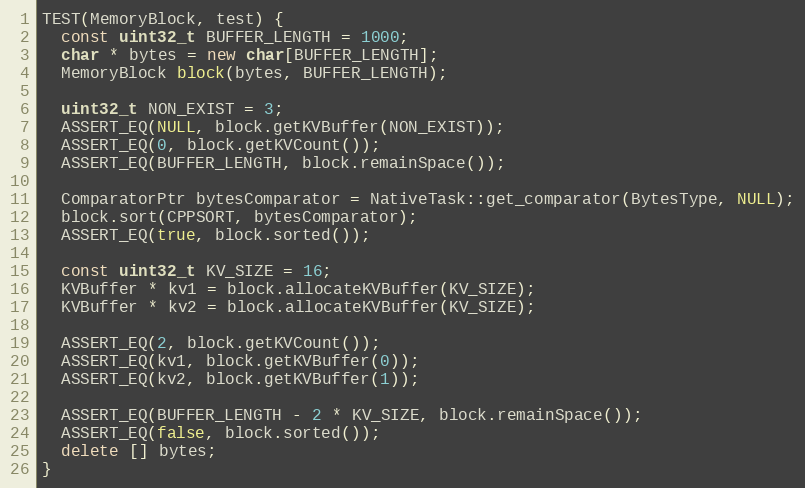
Language: C++
TEST(MemoryBlock, test) {
  const uint32_t BUFFER_LENGTH = 1000;
  char * bytes = new char[BUFFER_LENGTH];
  MemoryBlock block(bytes, BUFFER_LENGTH);

  uint32_t NON_EXIST = 3;
  ASSERT_EQ(NULL, block.getKVBuffer(NON_EXIST));
  ASSERT_EQ(0, block.getKVCount());
  ASSERT_EQ(BUFFER_LENGTH, block.remainSpace());

  ComparatorPtr bytesComparator = NativeTask::get_comparator(BytesType, NULL);
  block.sort(CPPSORT, bytesComparator);
  ASSERT_EQ(true, block.sorted());

  const uint32_t KV_SIZE = 16;
  KVBuffer * kv1 = block.allocateKVBuffer(KV_SIZE);
  KVBuffer * kv2 = block.allocateKVBuffer(KV_SIZE);

  ASSERT_EQ(2, block.getKVCount());
  ASSERT_EQ(kv1, block.getKVBuffer(0));
  ASSERT_EQ(kv2, block.getKVBuffer(1));

  ASSERT_EQ(BUFFER_LENGTH - 2 * KV_SIZE, block.remainSpace());
  ASSERT_EQ(false, block.sorted());
  delete [] bytes;
}